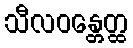
သီလဝန္တေတ္ထ